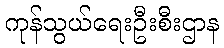
ကုန်သွယ်ရေးဦးစီးဌာန